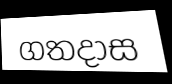
ගතදාස